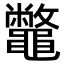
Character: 鼈